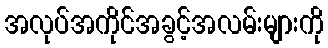
အလုပ်အကိုင်အခွင့်အလမ်းများကို